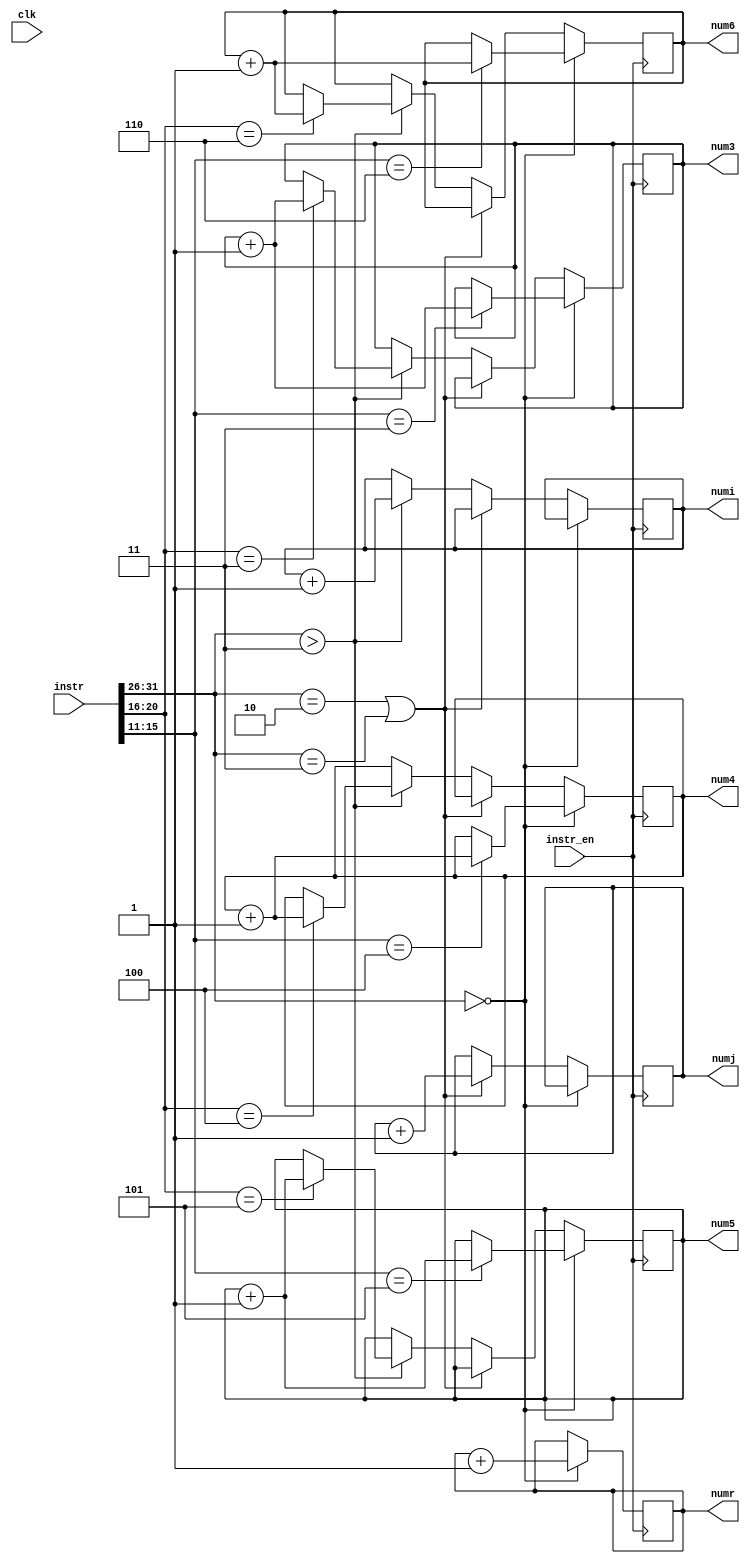
module decoder(instr, instr_en, 
    numr, numi, numj, 
    num3, num4, num5, num6,
    clk);
    
    input [31:0] instr;
    input clk, instr_en;

    output reg [3:0] numr, numi, numj;          // format counters
    output reg [3:0] num3, num4, num5, num6;   // register write counters

    // Initialize counters
    initial begin
        numr <= 3'd0;
        numi <= 3'd0;
        numj <= 3'd0;
        num3 <= 3'd0;
        num4 <= 3'd0;
        num5 <= 3'd0;
        num6 <= 3'd0;
    end

    // Trigger on receiving a new instruction
    always @(posedge instr_en) begin
        if (instr[31:26] == 6'b000000) begin        // R type processing
            numr <= numr + 1;
            case (instr[15:11])
                3: begin
                    num3 <= num3 + 1;
                end
                4: begin
                    num4 <= num4 + 1;
                end
                5:begin
                    num5 <= num5 + 1;
                end
                6: begin
                    num6 <= num6 + 1;
                end
            endcase
        end
        else if(instr[31:26] == 6'b000010 || instr[31:26] == 6'b000011) begin       // J type processing
            numj <= numj + 1;
        end
        else if(instr[31:26] > 6'b000011) begin         // I type processing
            numi <= numi + 1;
            case (instr[20:16])
                3: begin
                    num3 <= num3 + 1;
                end
                4: begin
                    num4 <= num4 + 1;
                end
                5:begin
                    num5 <= num5 + 1;
                end
                6: begin
                    num6 <= num6 + 1;
                end
            endcase
        end
    end
    
endmodule